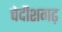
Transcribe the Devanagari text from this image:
चेदीशगढ़